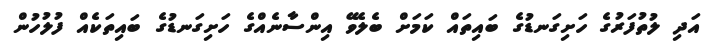
އަދި ލުތުފަރުގެ ހަށިގަނޑުގެ ބައިތައް ކަމަށް ބެލެވޭ އިންސާނެއްގެ ހަށިގަނޑުގެ ބައިތަކެއް ފުލުހުން